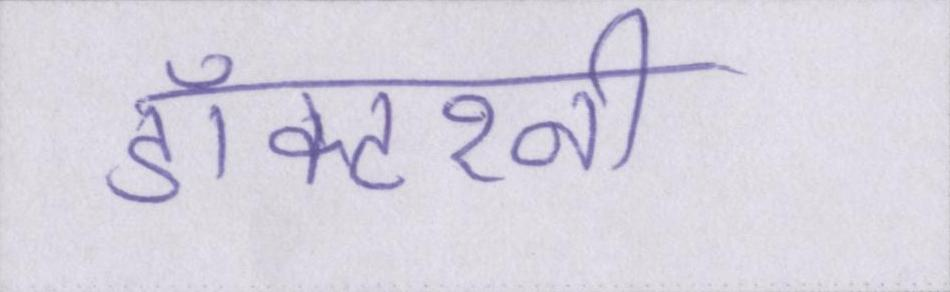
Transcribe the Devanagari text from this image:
डॉक्टरनी